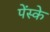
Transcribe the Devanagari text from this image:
पेंस्के